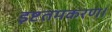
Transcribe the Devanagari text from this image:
इष्टतमकरण।